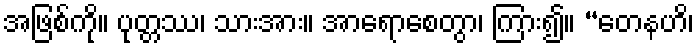
အဖြစ်ကို။ ပုတ္တဿ၊ သားအား။ အာရောစေတွာ၊ ကြား၍။ “တေနဟိ၊